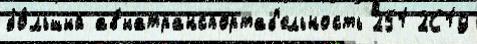
бо́льший ав'иатранспортаб'ельность 251 2С19